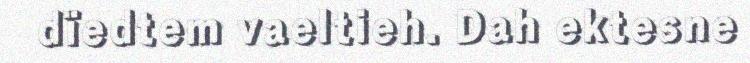
dïedtem vaeltieh. Dah ektesne